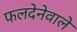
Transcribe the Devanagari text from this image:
फलदेनेवाले